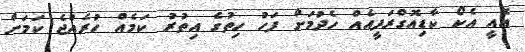
އެއީ އެކޯ ކާޑިއޮގްރަފީއެއް ހެދުމަށް ފަހު ހިތުގެ އިތުރު ކަމެއް ހުރެއްޖެ ކަމަށް